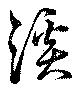
溪